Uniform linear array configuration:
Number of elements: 24
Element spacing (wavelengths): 0.5
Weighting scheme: binomial
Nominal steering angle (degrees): -15
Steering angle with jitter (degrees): -16.787
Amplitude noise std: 0.05
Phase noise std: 0.05

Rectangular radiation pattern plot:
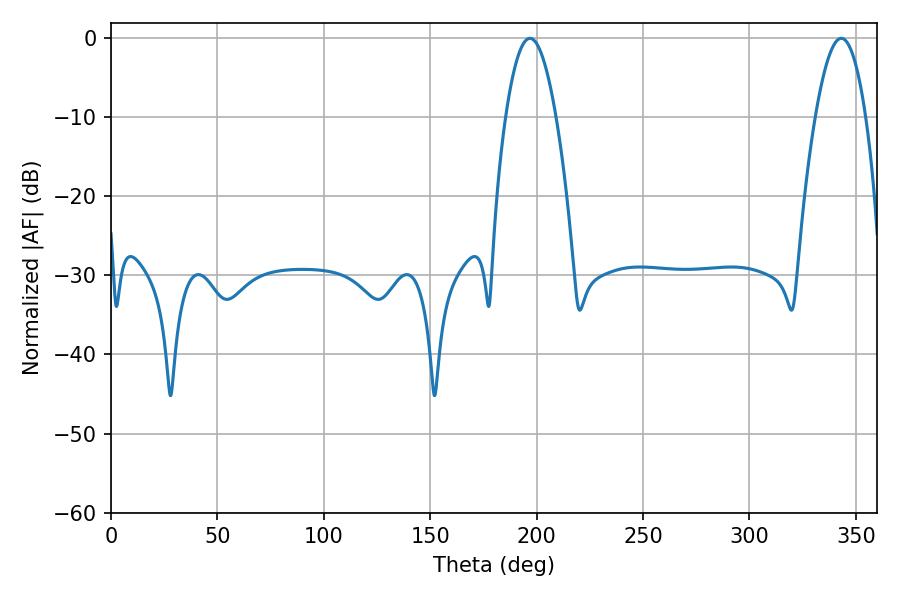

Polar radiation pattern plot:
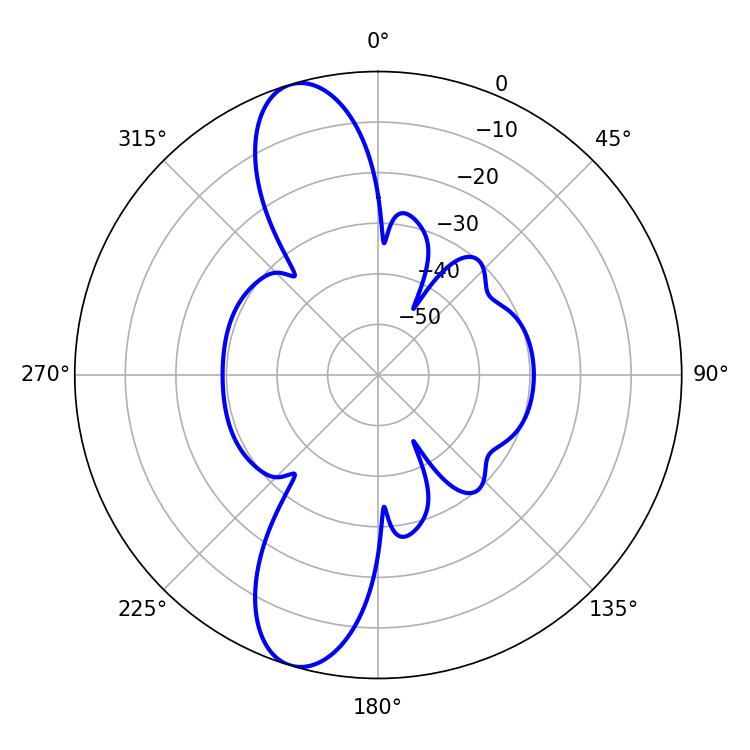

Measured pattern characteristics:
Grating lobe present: FALSE
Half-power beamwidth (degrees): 12.96
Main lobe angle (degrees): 343.08